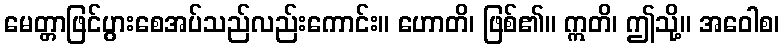
မေတ္တာဖြင်ပွားစေအပ်သည်လည်းကောင်း။ ဟောတိ၊ ဖြစ်၏။ ဣတိ၊ ဤသို့။ အဝေါစ၊